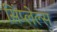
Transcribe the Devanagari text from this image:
सिंप्लेल्स